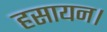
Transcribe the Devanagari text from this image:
हसायन।